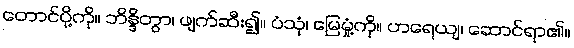
တောင်ပို့ကို။ ဘိန္ဒိတွာ၊ ဖျက်ဆီး၍။ ပံသုံ၊ မြေမှုံ့ကို။ ဟရေယျ၊ ဆောင်ရာ၏။